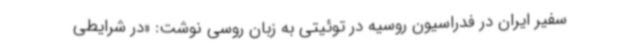
سفیر ایران در فدراسیون روسیه در توئیتی به زبان روسی نوشت: «در شرایطی